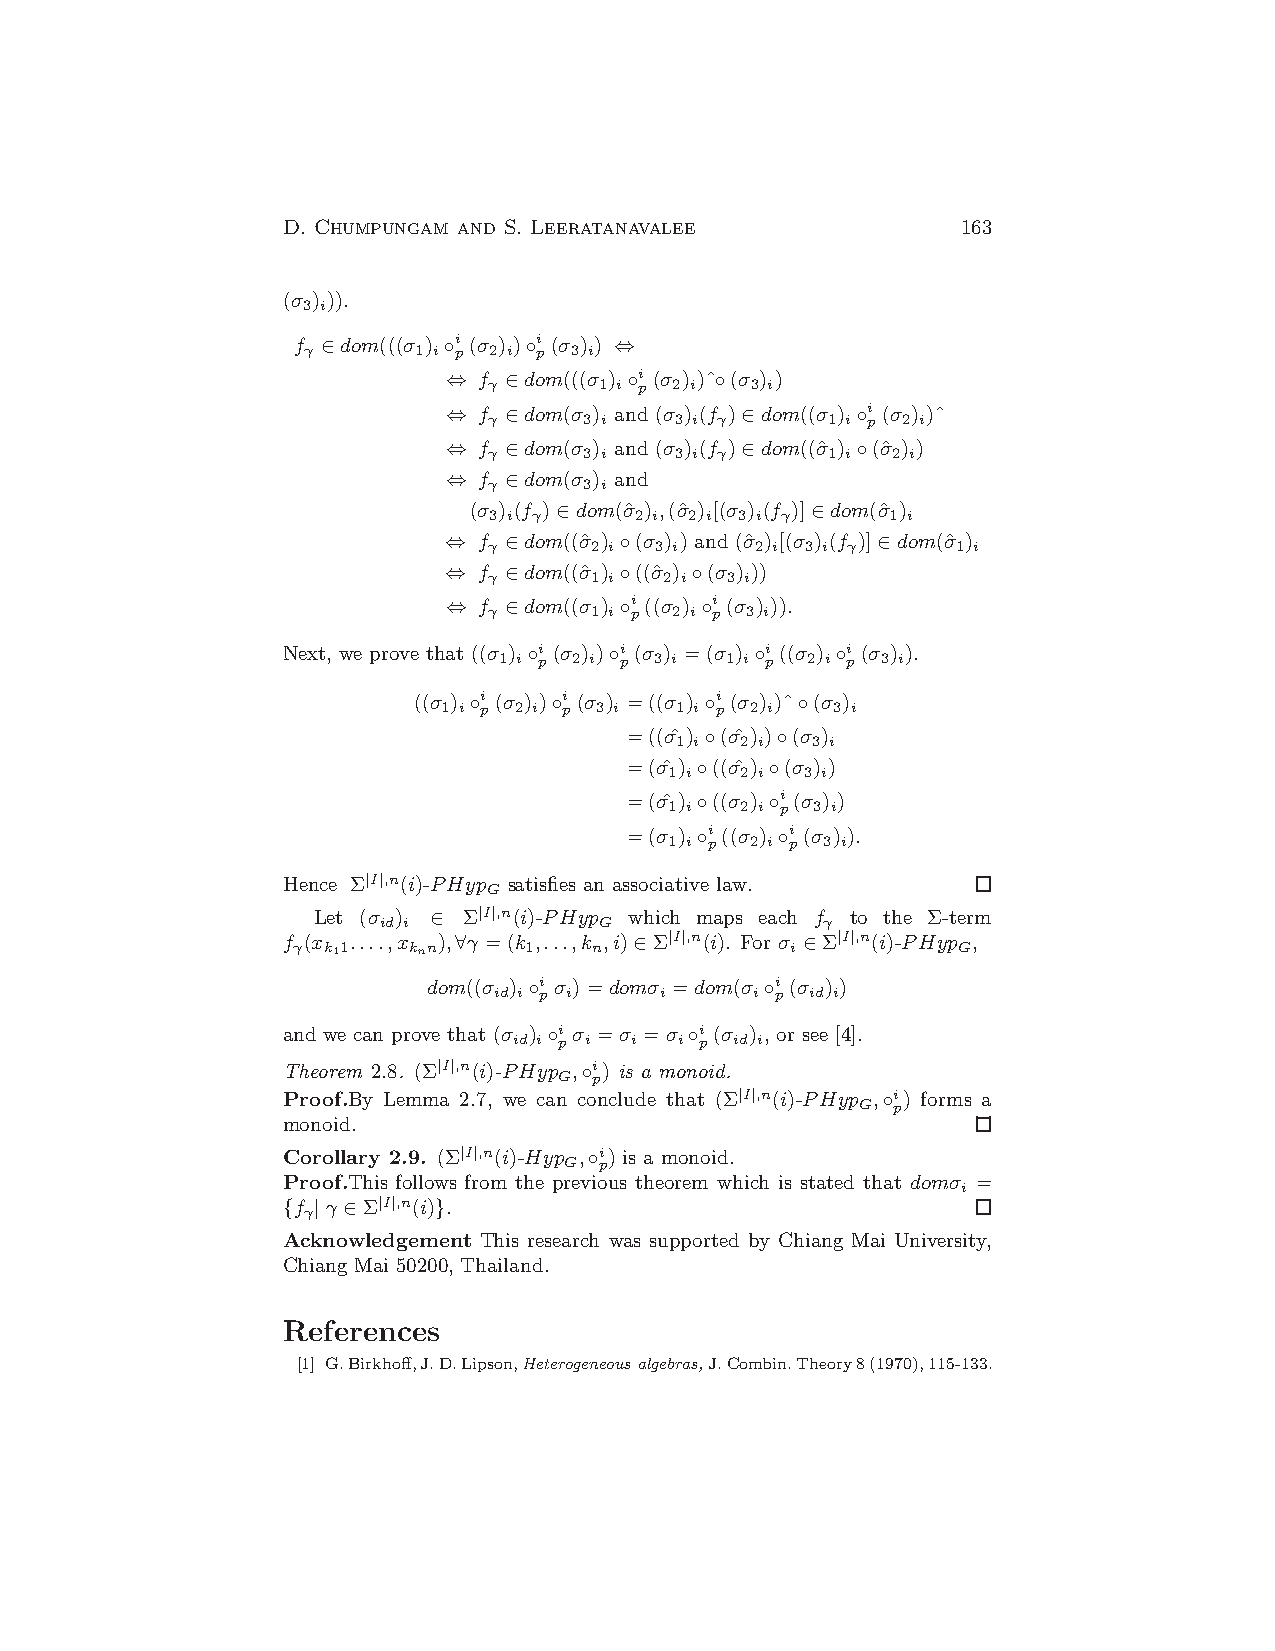
D. Chumpungam and S. Leeratanavalee          163
 (σ 3)i)).
 f γ ∈dom(((σ 1)i◦i p(σ 2)i)◦i p(σ 3)i) ⇔
 ⇔  f γ ∈dom(((σ 1)i◦i p(σ 2)i)ˆ◦(σ 3)i)
 ⇔  f γ ∈dom(σ 3)i and (σ 3)i(f γ)∈dom((σ 1)i◦i p(σ 2)i)ˆ
 ⇔  f γ ∈dom(σ 3)i and (σ 3)i(f γ)∈dom((σˆ1)i◦(σˆ2)i)
 ⇔  f γ ∈dom(σ 3)i and
 (σ 3)i(f γ)∈dom(σˆ2)i,(σˆ2)i[(σ 3)i(f γ)]∈dom(σˆ1)i
 ⇔  f γ ∈dom((σˆ2)i◦(σ 3)i) and (σˆ2)i[(σ 3)i(f γ)]∈dom(σˆ1)i
 ⇔  f γ ∈dom((σˆ1)i◦((σˆ2)i◦(σ 3)i))
 ⇔  f
 γ
 ∈dom((σ 1)i◦i p((σ 2)i◦i p(σ 3)i)).
 Next, we prove that ((σ 1)i◦i p(σ 2)i)◦i p(σ 3)i =(σ 1)i◦i p((σ 2)i◦i p(σ 3)i).
 ((σ 1)i◦i p(σ 2)i)◦i p(σ 3)i =((σ 1)i◦i p(σ 2)i)ˆ◦(σ 3)i
 =((σˆ1)i◦(σˆ2)i)◦(σ 3)i
 =(σˆ1)i◦((σˆ2)i◦(σ 3)i)
 =(σˆ1)i◦((σ 2)i◦i p(σ 3)i)
 =(σ 1)i◦i p((σ 2)i◦i p(σ 3)i).
 Hence Σ|I|,n(i)-PHyp G satisfies an associative law.
 Let (σ id)i ∈ Σ|I|,n(i)-PHyp G which maps each f γ to the Σ-term
 f γ(x k11....,x knn),∀γ =(k 1,...,k n,i)∈Σ|I|,n(i). For σ i ∈Σ|I|,n(i)-PHyp G,
 dom((σ id)i◦i pσ i)=domσ i =dom(σ i◦i p(σ id)i)
 and we can prove that (σ id)i◦i pσ i =σ i =σ i◦i p(σ id)i, or see [4].
 Theorem 2.8. (Σ|I|,n(i)-PHyp G,◦i p) is a monoid.
 Proof.By Lemma 2.7, we can conclude that (Σ|I|,n(i)-PHyp G,◦i p) forms a
 monoid.
 Corollary 2.9. (Σ|I|,n(i)-Hyp G,◦i p) is a monoid.
 Proof.This follows from the previous theorem which is stated that domσ i =
 {f γ|γ ∈Σ|I|,n(i)}.
 Acknowledgement This research was supported by Chiang Mai University,
 Chiang Mai 50200,Thailand.
 References
 [1] G.Birkhoff,J.D.Lipson,Heterogeneous algebras,J.Combin.Theory8(1970),115-133.